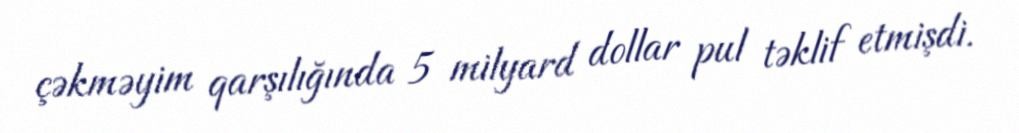
çəkməyim qarşılığında 5 milyard dollar pul təklif etmişdi.